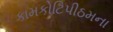
કામકોટિપીઠમના